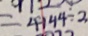
= 4 1 4 4 \div 2